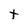
Character: t